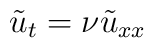
\tilde u_t= \nu \tilde u_{xx}